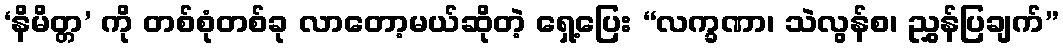
‘နိမိတ္တ’ ကို တစ်စုံတစ်ခု လာတော့မယ်ဆိုတဲ့ ရှေ့ပြေး “လက္ခဏာ၊ သဲလွန်စ၊ ညွှန်ပြချက်”